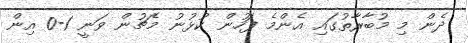
ދެން މި މުބާރާތުގައި އެންމެ ފަހުން ކުުޅުނު މެޗުން ވަނީ 1-0 އިން